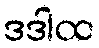
ဒဒါထ